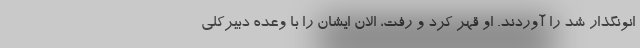
انونگذار شد را آوردند. او قهر کرد و رفت، الان ایشان را با وعده دبیرکلی